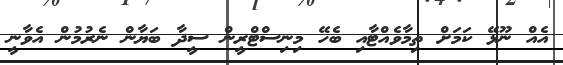
އެއް ނޫޅޭ ކަމަށް ތިމާވެއްޓާއި ބެހޭ މިނިސްޓްރީން ސީދާ ބަޔާން ނެރުމުން އެވާނީ